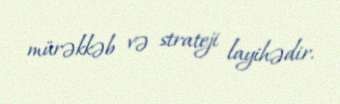
mürəkkəb və strateji layihədir.